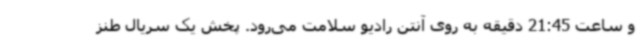
و ساعت 21:45 دقیقه به روی آنتن رادیو سلامت می‌رود. پخش یک سریال طنز